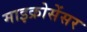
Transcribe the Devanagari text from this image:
माइक्रोसेंसर